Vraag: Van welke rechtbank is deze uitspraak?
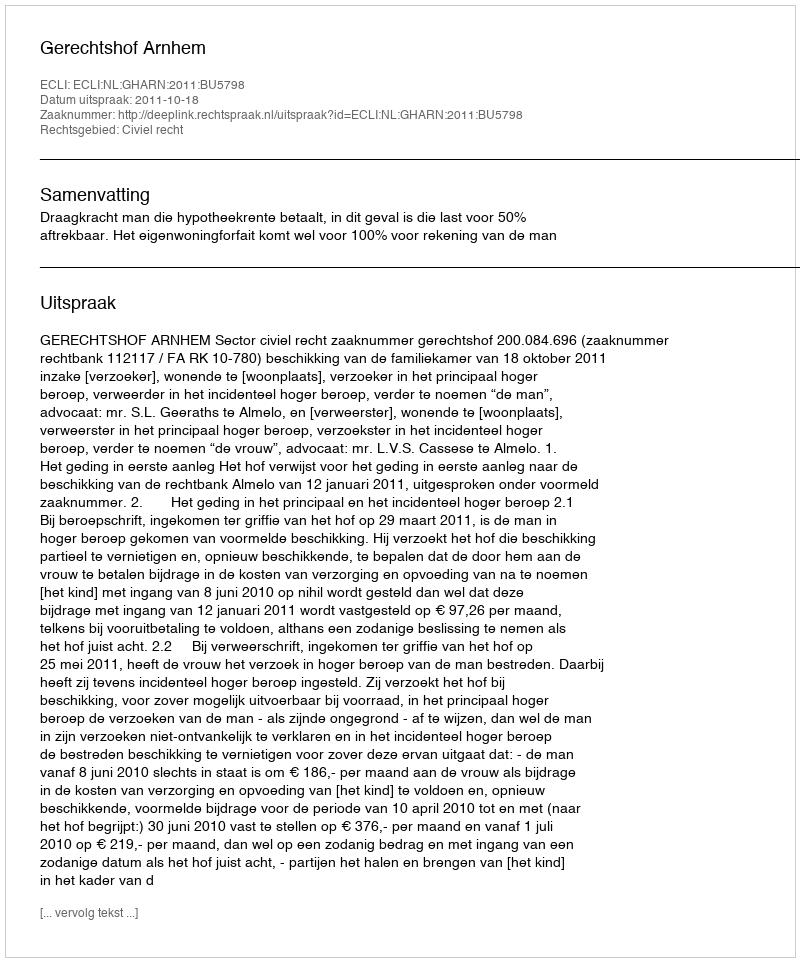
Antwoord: Gerechtshof Arnhem